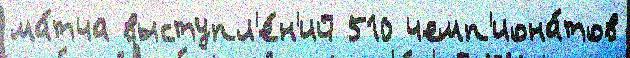
ма́тча выступл'е́н'ий 510 чемп'иона́тов